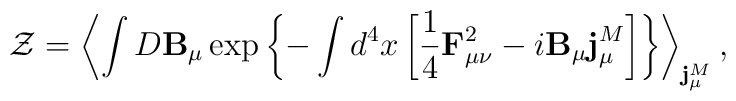
{\cal Z}=\left<\int D{\bf B}_\mu\exp\left\{-\int d^4x\left[\frac14{\bf F}_{\mu\nu}^2-i{\bf B}_\mu {\bf j}_\mu^M\right]\right\}\right>_{{\bf j}_\mu^M},